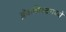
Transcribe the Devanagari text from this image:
ब्लॅकलिस्टमध्ये